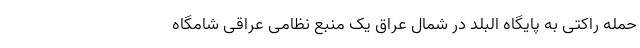
حمله راکتی به پایگاه البلد در شمال عراق یک منبع نظامی عراقی شامگاه